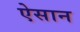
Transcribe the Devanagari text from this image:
ऐसान